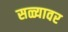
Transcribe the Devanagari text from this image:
सळ्यावर